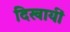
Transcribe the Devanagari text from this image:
दिखायीं